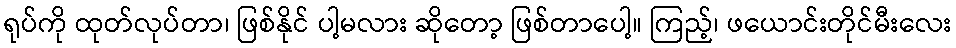
ရုပ်ကို ထုတ်လုပ်တာ၊ ဖြစ်နိုင် ပါ့မလား ဆိုတော့ ဖြစ်တာပေါ့။ ကြည့်၊ ဖယောင်းတိုင်မီးလေး